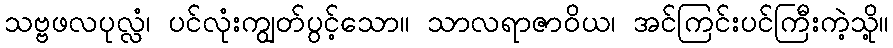
သဗ္ဗဖလပုလ္လံ၊ ပင်လုံးကျွတ်ပွင့်သော။ သာလရာဇာဝိယ၊ အင်ကြင်းပင်ကြီးကဲ့သို့။